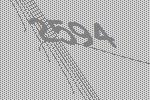
2594